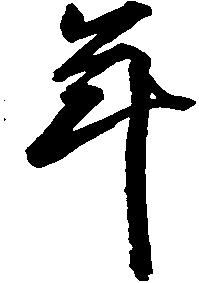
年